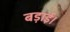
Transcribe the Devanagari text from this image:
बड़ाई।